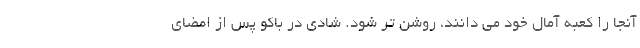
آنجا را کعبه آمال خود می دانند، روشن تر شود. شادی در باکو پس از امضای